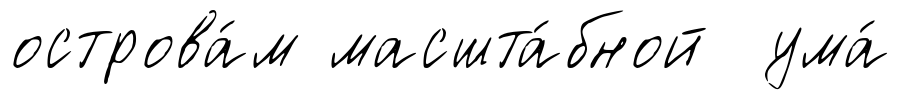
острова́м масшта́бной ума́